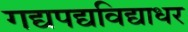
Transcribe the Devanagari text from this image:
गद्यपद्यविद्याधर